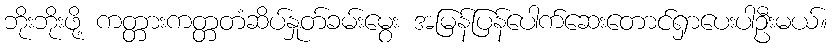
ဘိုးဘိုးဖို့ ကတ္တားကတ္တတံဆိပ်နှုတ်ခမ်းမွေး အမြန်ပြန်ပေါက်ဆေးတောင်ရှာပေးပါဦးမယ်။